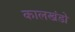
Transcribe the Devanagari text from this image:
कालखंडो